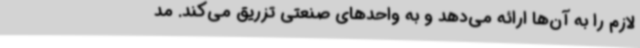
لازم را به آن‌ها ارائه می‌دهد و به واحدهای صنعتی تزریق می‌کند. مد